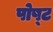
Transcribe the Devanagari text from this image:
पोष्‍ट